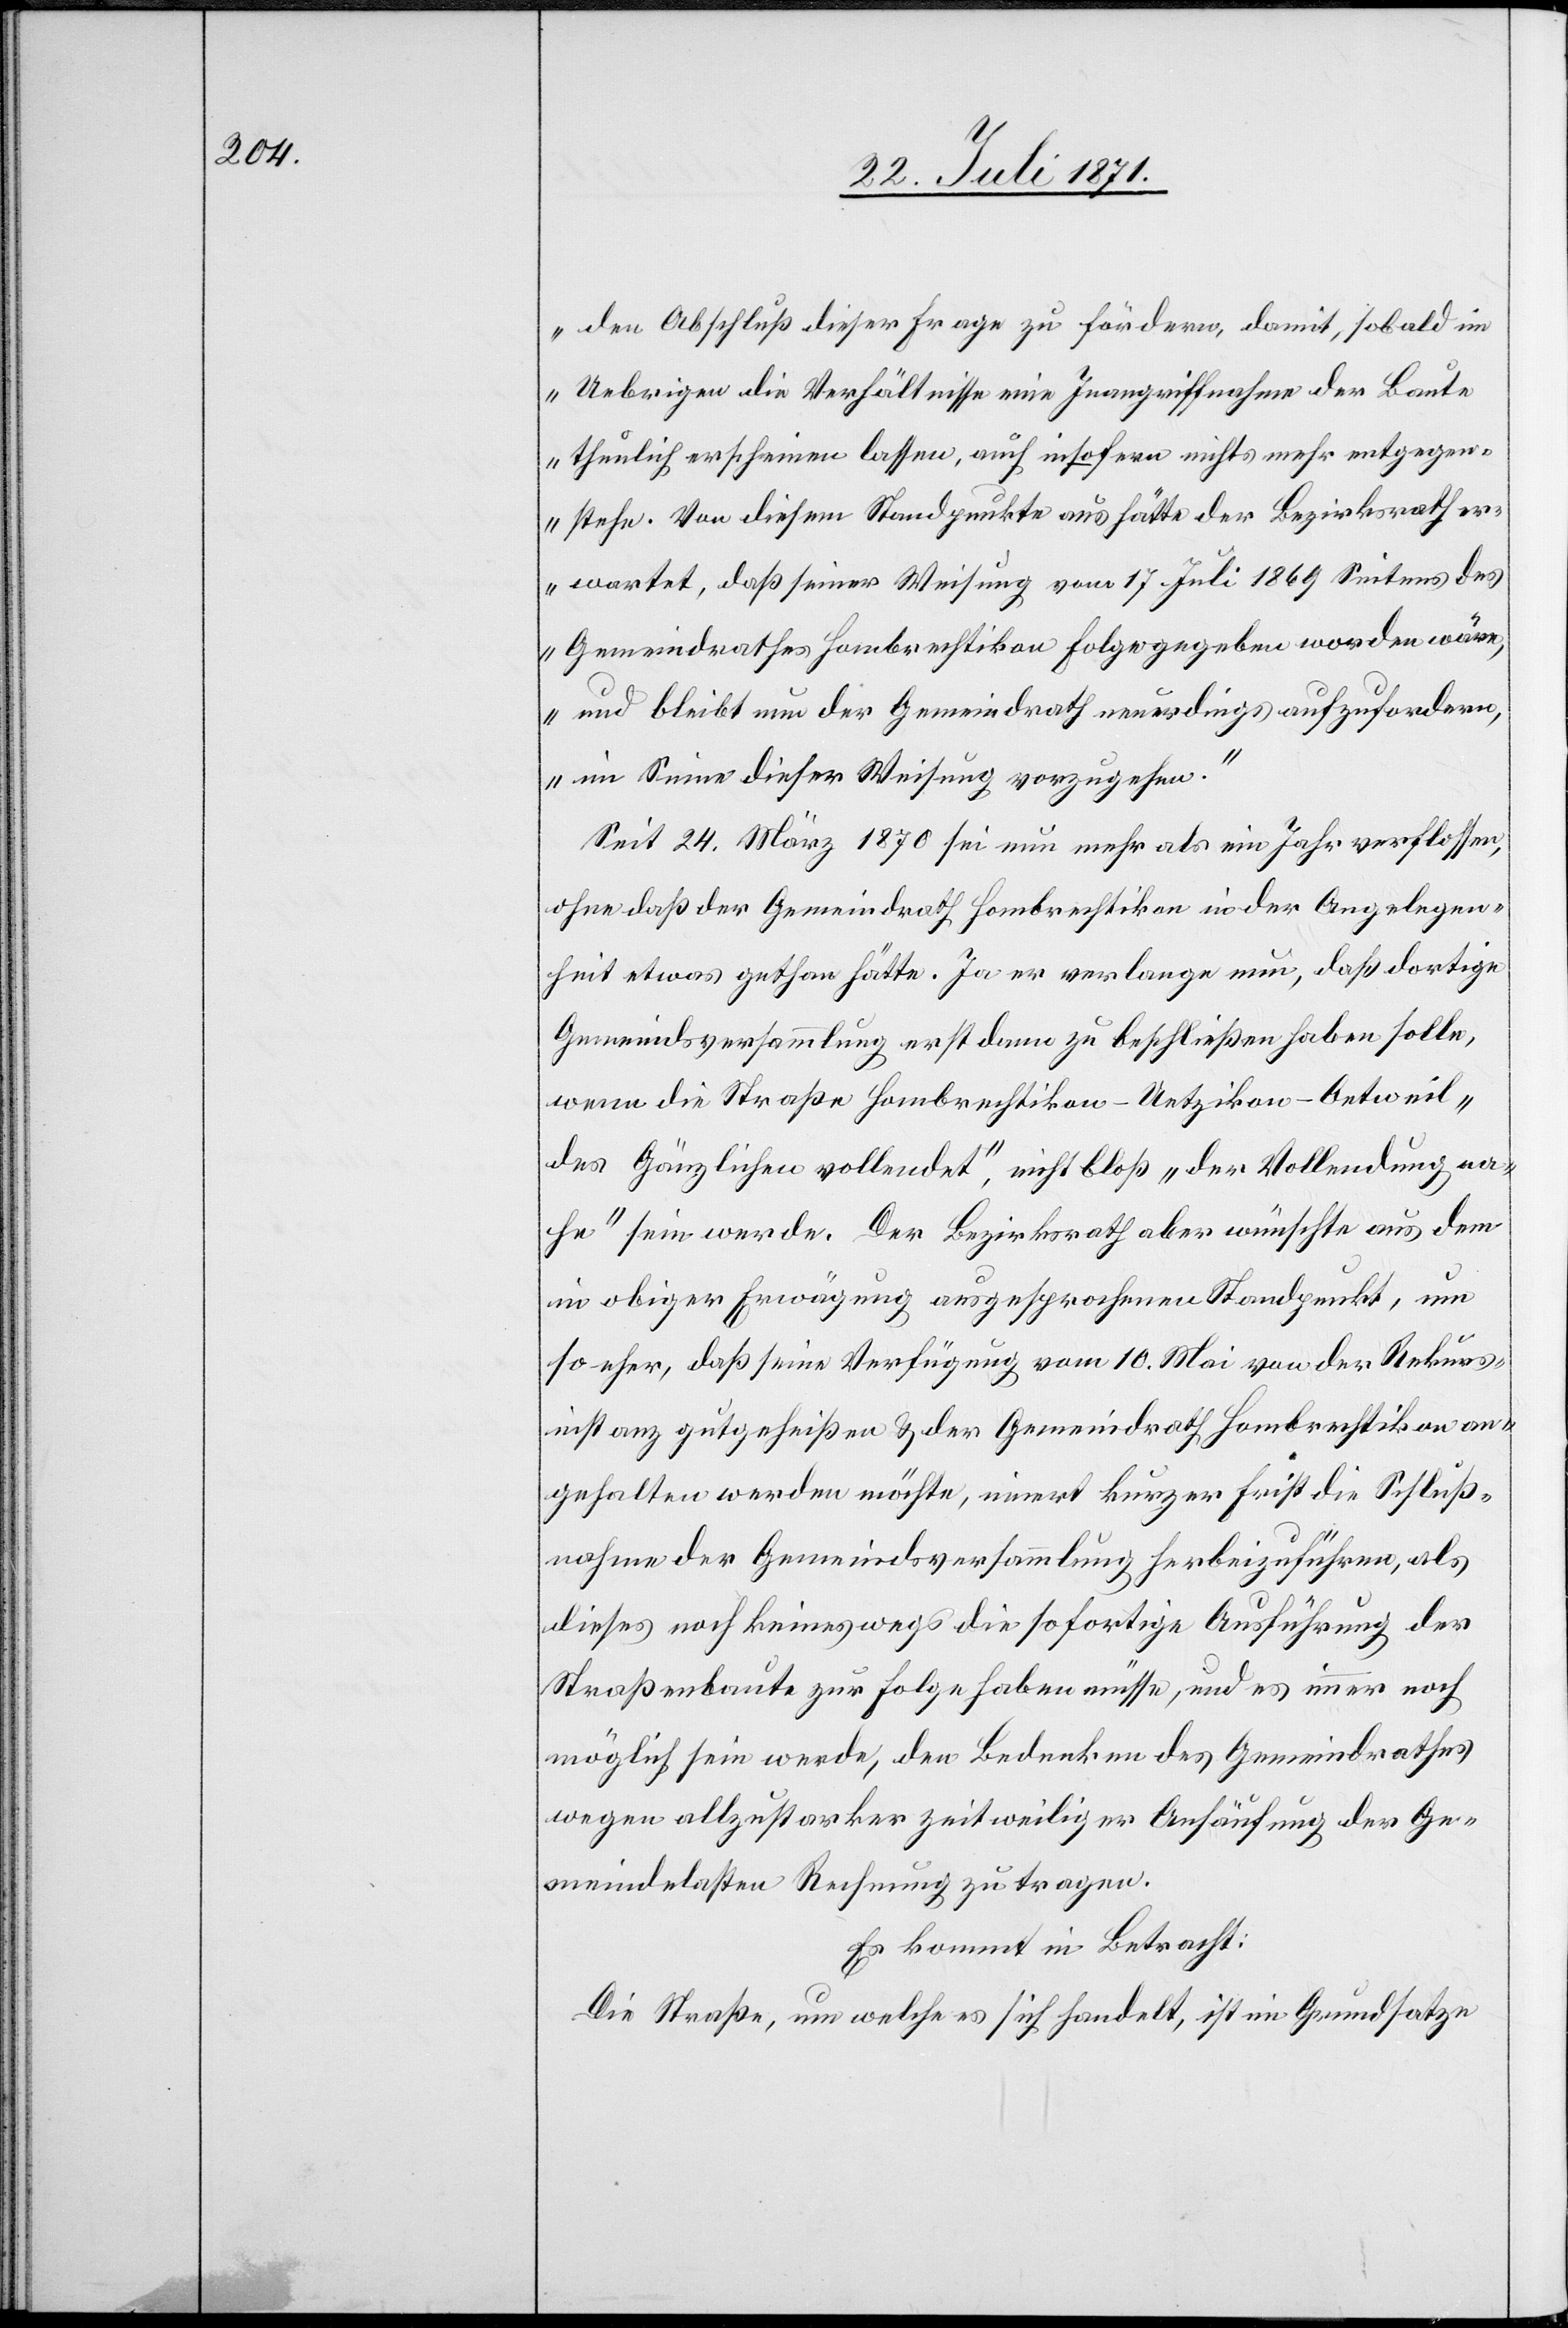
den Abschluß dieser Frage zu fördern, damit, sobald im
Uebrigen die Verhältnisse eine Inangriffnahme der Baute
thunlich erscheinen lassen, auch insofern nichts mehr entgegen¬
stehe. Von diesem Standpunkte aus hätte der Bezirksrath er¬
wartet, daß seiner Weisung vom 17. Juli 1869 Seitens des
Gemeindrathes Hombrechtikon Folge gegeben worden wäre,
und bleibt nun der Gemeindrath neuerdings aufzufordern,
im Sinne dieser Weisung vorzugehen.“
Seit 24. März 1870 sei nun mehr als ein Jahr verflossen,
ohne daß der Gemeindrath Hombrechtikon in der Angelegen¬
heit etwas gethan hätte. Ja er verlange nun, daß dortige
Gemeindsversammlung erst dann zu beschließen haben solle,
wenn die Straße Hombrechtikon-Uetzikon-Oetweil
„des Gänzlichen vollendet“, nicht bloß „der Vollendung na¬
he“ sein werde. Der Bezirksrath aber wünschte aus dem
in obiger Erwägung ausgesprochenen Standpunkt, um
so eher, daß seine Verfügung vom 10. Mai von der Rekurs¬
instanz gutgeheißen u. der Gemeindrath Hombrechtikon an¬
gehalten werden möchte, innert kurzer Frist die Schluß¬
nahme der Gemeindsversammlung herbeizuführen, als
dieses noch keineswegs die sofortige Ausführung der
Straßenbaute zur Folge haben müsse, und es immer noch
möglich sein werde, den Bedenken des Gemeindrathes
wegen allzustarker zeitweiliger Anhäufung der Ge¬
meindelasten Rechnung zu tragen.
Es kommt in Betracht:
Die Straße, um welche es sich handelt, ist im Grundsatze